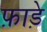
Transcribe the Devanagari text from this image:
फ़ाड़े